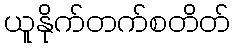
ယူနိုက်တက်စတိတ်